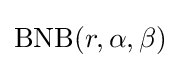
\mathrm {BNB} (r,\alpha ,\beta )